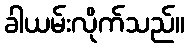
ခါယမ်းလိုက်သည်။